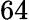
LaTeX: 64